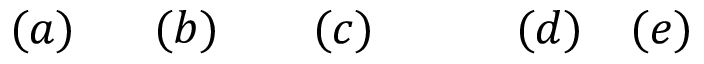
( a ) \quad \ \ ( b ) \quad \ \ \ ( c ) \qquad \ \ \ ( d ) \quad ( e )